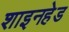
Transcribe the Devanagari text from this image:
शाइनहेड